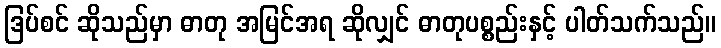
ဒြပ်စင် ဆိုသည်မှာ ဓာတု အမြင်အရ ဆိုလျှင် ဓာတုပစ္စည်းနှင့် ပါတ်သက်သည်။